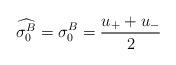
LaTeX: \begin{align*}\widehat{\sigma_{0}^{B}}=\sigma_{0}^{B}=\frac{u_++u_-}{2}\end{align*}